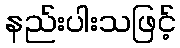
နည်းပါးသဖြင့်